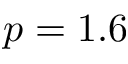
p = 1 . 6